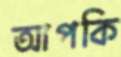
আপকি